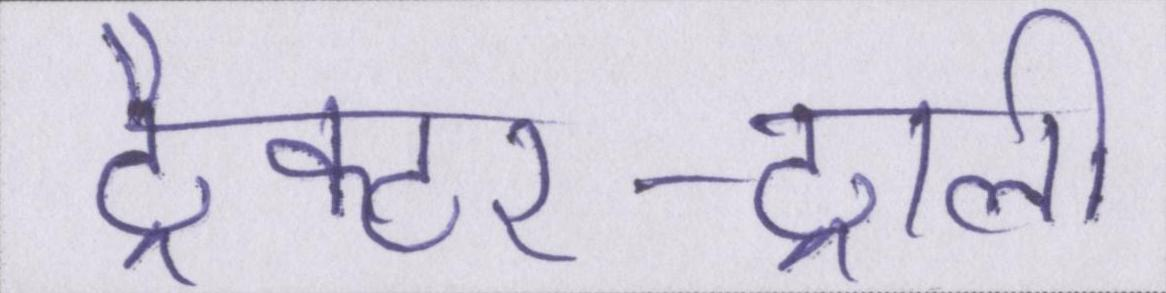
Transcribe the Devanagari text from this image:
ट्रैक्टर-ट्राली